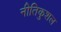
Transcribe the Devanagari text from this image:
नीतिकुशल